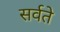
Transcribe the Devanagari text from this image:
सर्वते